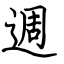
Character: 週